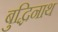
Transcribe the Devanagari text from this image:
बुद्धिनाथ